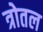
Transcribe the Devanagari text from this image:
त्रोतल